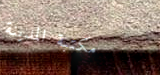
مكتبة المدينة